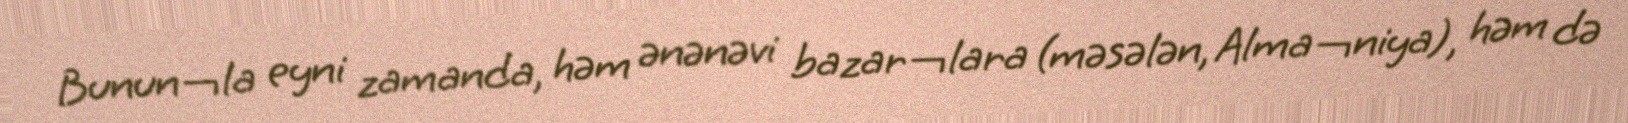
Bunun¬la eyni zamanda, həm ənənəvi bazar¬lara (məsələn, Alma¬niya), həm də